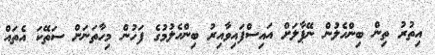
އިތުރު ތިން ބިންހެލުން ނޭޕާލަށް އައިސްފައިވާއިރު ބިންހެލުމުގެ ފަހުން މިހާތަނަށް ސަތޭކަ އެތައް